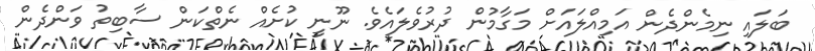
ބަލައި ނިމެންދެން އަމިއްލައަށް މަގާމުން ދުރުވެލައެެވެ. ނޫނީ ކުށެއް ނެތްކަން ސާބިތު ވަންދެން